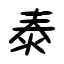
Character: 泰